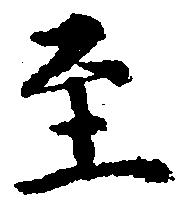
至